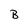
Character: B